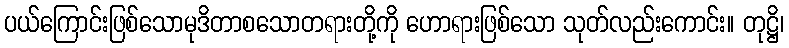
ပယ်ကြောင်းဖြစ်သောမုဒိတာစသောတရားတို့ကို ဟောရားဖြစ်သော သုတ်လည်းကောင်း။ တုဋ္ဌိ၊